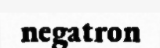
negatron